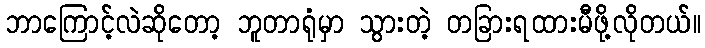
ဘာကြောင့်လဲဆိုတော့ ဘူတာရုံမှာ သွားတဲ့ တခြားရထားမီဖို့လိုတယ်။